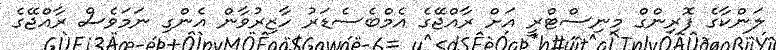
ލަންކާގެ ފޮރިންގް މިނިސްޓްރީ އަށް ރާއްޖޭގެ އެމްބެސެޑަރު ހާޒިރުވާން އެންގި ނަމަވެސް ރާއްޖޭގެ